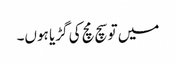
میں تو سچ مچ کی گڑیا ہوں۔